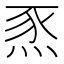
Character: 𤉄